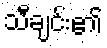
သီချင်း၏